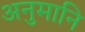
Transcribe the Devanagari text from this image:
अनुमानि